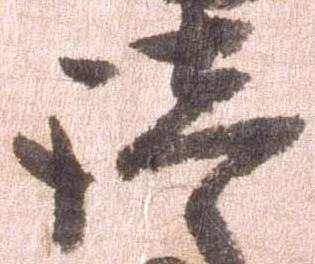
諸